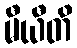
မီယီတိ